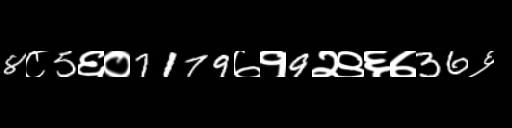
Text: 8८5६०7179७१9२९६७36६